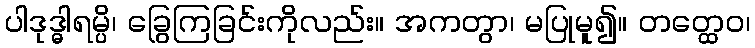
ပါဒုဒ္ဓါရမ္ပိ၊ ခြွေကြခြင်းကိုလည်း။ အကတွာ၊ မပြုမူ၍။ တတ္ထေဝ၊